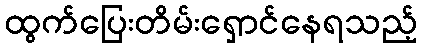
ထွက်ပြေးတိမ်းရှောင်နေရသည့်